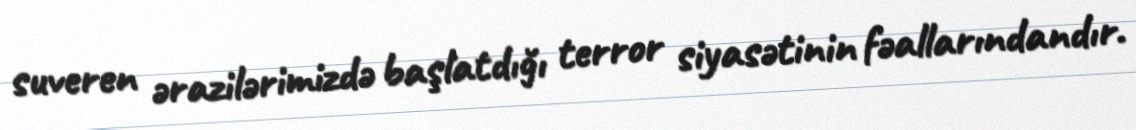
suveren ərazilərimizdə başlatdığı terror siyasətinin fəallarındandır.